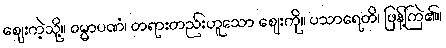
ဈေးကဲ့သို့။ ဓမ္မာပဏံ၊ တရားတည်းဟူသော ဈေးကို။ ပသာရေတိ၊ ဖြန့်ကြဲ၏။